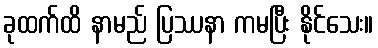
ခုထက်ထိ နာမည် ပြဿနာ ကမပြီး နိုင်သေး။